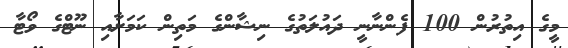
މީގެ އިތުރުން 100 ފެންނާނީ ދައުލަތުގެ ނިޝާންގެ މަތިން ކަމަށާއި ނޫޓްގެ ވޯޓާ